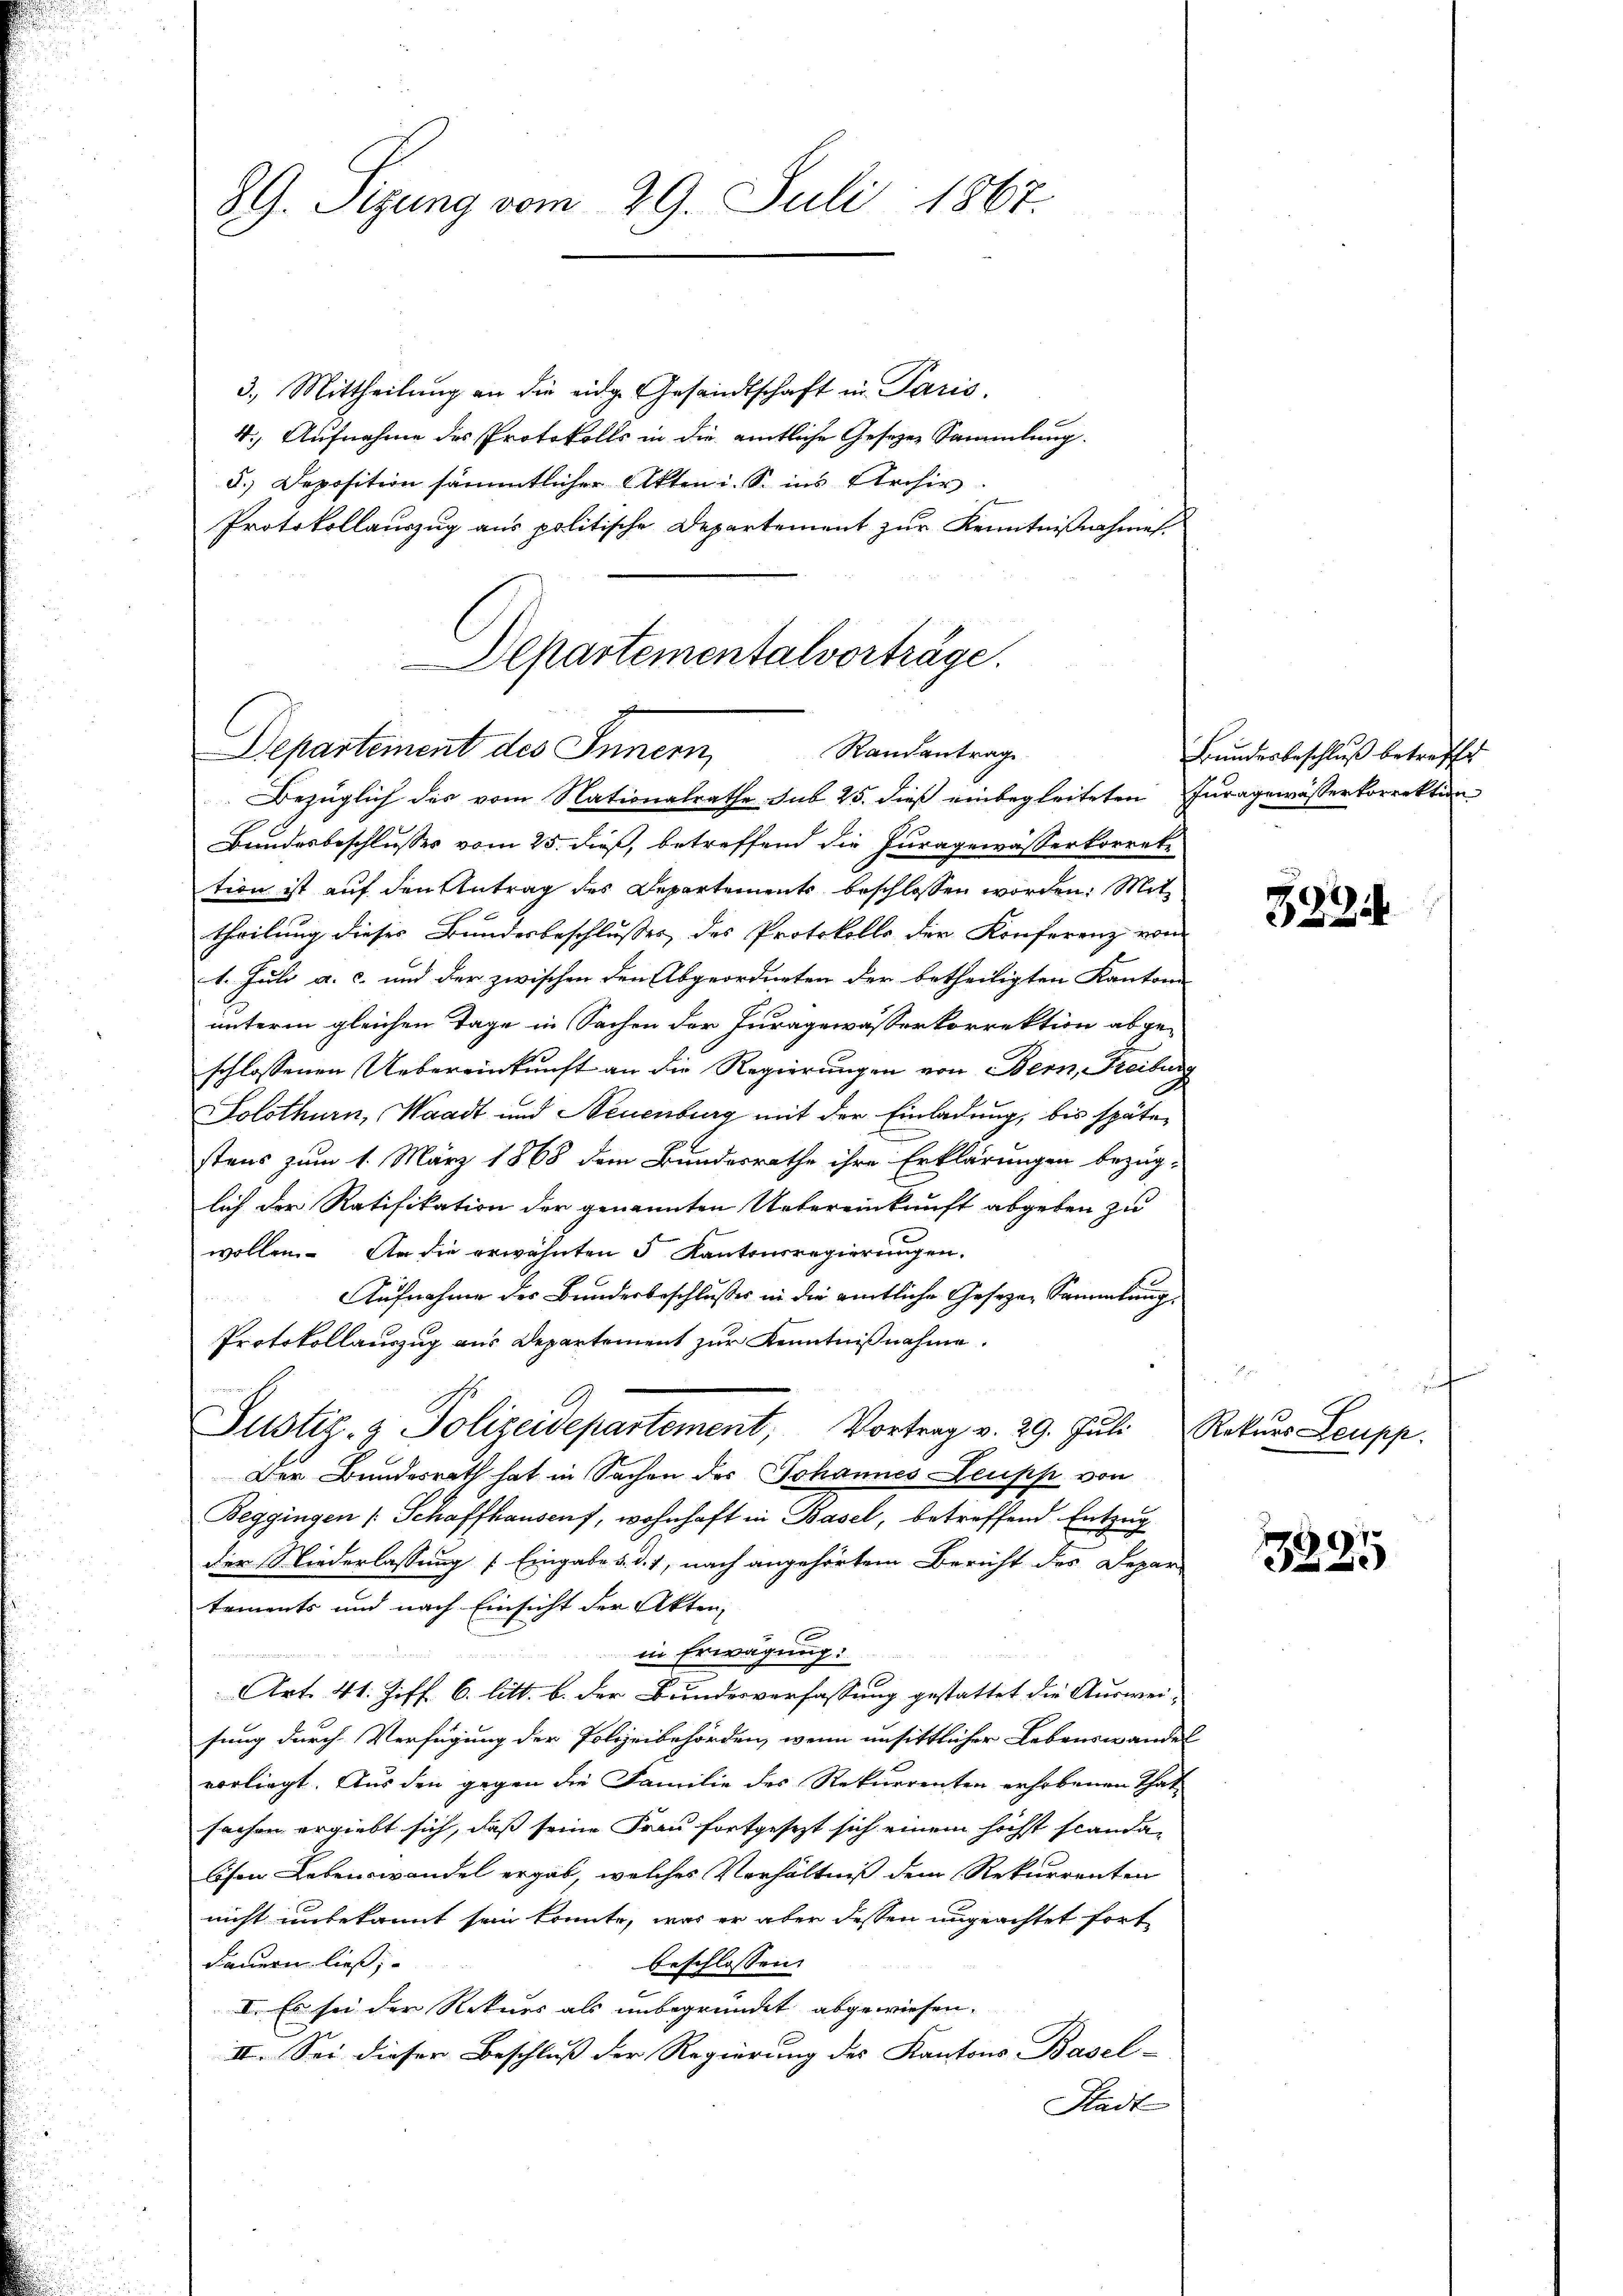
89. Sizung vom 29. Juli 1867.

3.) Mittheilung an die eidge Gesandtschaft in Paris,
4.) Aufnahme des Protokolls in die amtliche Geseze Sammlung.
d.) Deposition sämmtlicher Akten i. S. ins Archiv.
Protokollauszug aus politische Departement zur Kenntnißnahmes

Departementalvorträge.
Departement des Innern,
Randantrag
Bezüglich des vom Nationalrathe sub 25. dieß einbegleiteten Juragewässerkorrektion

Bundesbeschlusses vom 25. dieß, betreffend die Juragewässerkorrete
tion ist auf den Antrag des Departements beschlossen worden. Mit
theilung dieses Bundesbeschlußes des Protokolls der Konferenz vom
1. Juli a. c. und der zwischen den Abgeordneten der betheiligten Kantone
unterm gleichen Tage in Sachen der Juragewässerkorrektion abgeschlossenen Uebereinkunft an die Regierungen von Bern, Freiburg
Solothurn, Waadt und Neuenburg mit der Einladung, bis später
stens zum 1. März 1868 dem Bundesrathe ihre Erklärungen bezüg-
lich der Ratifikation der genannten Uebereinkunft abgeben zu
wollen. An die erwähnten 5 Kantonsregierungen.
Aufnahme des Bundesbeschlußes in die amtliche Gesetzen Sammlung
Protokollauszug aus Departement zur Kenntnißnahme.
Justiz- & Polizeidepartement, Vortrag v. 29. Jŭli Rekŭrs Leupp.
Der Bundesrath hat in Sachen des Johannes Leupp von
Beggingen (Schaffhausen, wohnhaft in Basel, betreffend Entzug
der Niederlassung / Eingabe d. d. 1, nach angehörtem Bericht des Depar-
tements und nach Einsicht der Akten,
f

in Erwägung:
.
Art. 41. Ziff. 6. litt. b. der Bundesverfassung gestattet die Auswei
sung durch Verfügung der Polizeibehörden, wenn unsittlicher Lebenswandel
vorliegt. Aus den gegen die Familie des Rekurrenten erhobenen That
sachen ergiebt sich, daß seine Frau fortgesezt sich einem höchst standalesen Lebenswandel ergab, welches Verhältniß dem Rekurrenten
nicht unbekannt sein konnte, was er aber dessen ungeachtet fortdauern ließ;
beschlossen:
I. Es sei der Rekurs als unbegründet abgewiesen.
II. Sei dieser Beschluß der Regierung des Kantons Basel-
Stadt

Bundesbeschluß betreffe

3234

e

3225